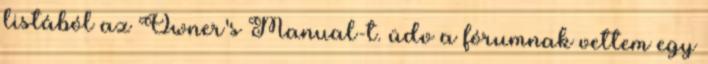
listából az Owner's Manual-t. üdv a fórumnak vettem egy